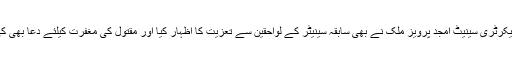
سیکرٹری سینیٹ امجد پرویز ملک نے بھی سابقہ سینیٹر کے لواحقین سے تعزیت کا اظہار کیا اور مقتول کی مغفرت کیلئے دعا بھی کی۔